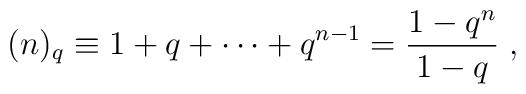
(n)_{q}\equiv 1+q+\cdots +q^{n-1}=\frac {1-q^{n} }{1-q}\;,